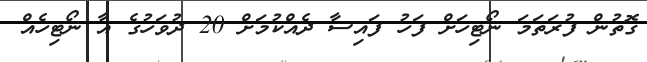
ގޮތުން ފުރަތަމަ ނޯޓިހަށް ފަހު ފައިސާ ދެއްކުމަށް 20 ދުވަހުގެ އާ ނޯޓިހެއް